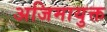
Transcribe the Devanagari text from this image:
अजिमायुक्त